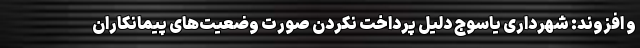
و افزوند: شهرداری یاسوج دلیل پرداخت نکردن صورت وضعیت‌های پیمانکاران